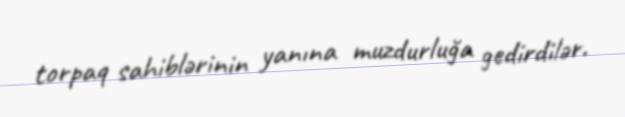
torpaq sahiblərinin yanına muzdurluğa gedirdilər.